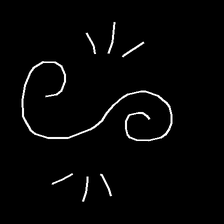
Glyph: wind-directs-air